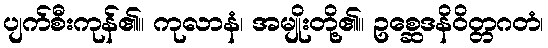
ပျက်စီးကုန်၏။ ကုလာနံ၊ အမျိုးတို့၏။ ဥစ္ဆေဒနိဝိတ္တဂတံ၊